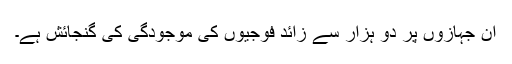
ان جہازوں پر دو ہزار سے زائد فوجیوں کی موجودگی کی گنجائش ہے۔